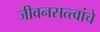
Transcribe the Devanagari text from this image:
जीवनसत्त्वांचे